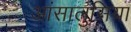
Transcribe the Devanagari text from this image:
आंसालुसिया